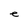
Character: e